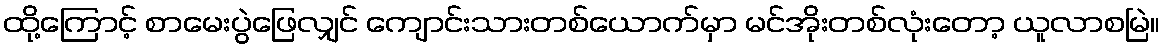
ထို့ကြောင့် စာမေးပွဲဖြေလျှင် ကျောင်းသားတစ်ယောက်မှာ မင်အိုးတစ်လုံးတော့ ယူလာစမြဲ။